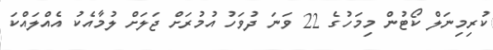
ކުރިމިނަލް ކޯޓުން މިމަހުގެ 22 ވަނަ ދުވަހު އުމުރަށް ޖަލަށް ލުމާއެކު އެއްލައްކަ